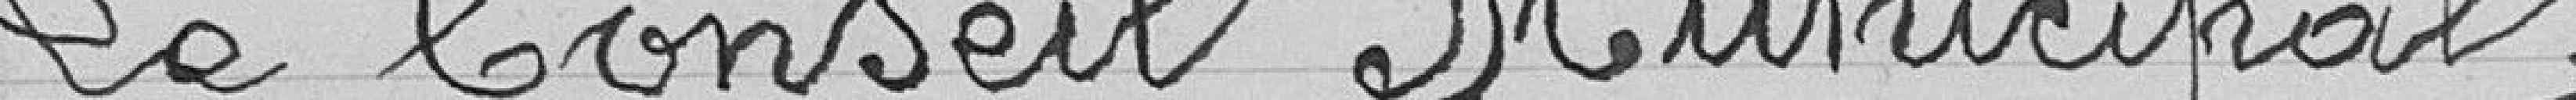
Le conseil municipal